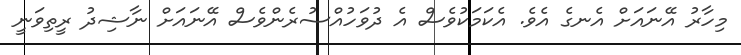
މިހާރު އޭނައަށް އެނގެ އެވެ. އެކަމަކުވެސް އެ ދުވަހުއްސުރެންވެސް އޭނައަށް ނާޝިދު ރީތިވަނީ